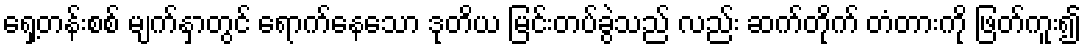
ရှေ့တန်းစစ် မျက်နှာတွင် ရောက်နေသော ဒုတိယ မြင်းတပ်ခွဲသည် လည်း ဆက်တိုက် တံတားကို ဖြတ်ကူး၍